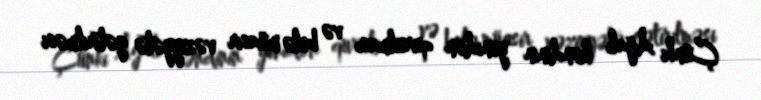
Çünki Ağalı kəndinin yenidən qurulması və belə müasir vəziyyətə gətirilməsi